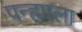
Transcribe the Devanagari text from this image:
पन्ह्याला